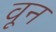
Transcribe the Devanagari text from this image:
वून